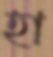
হা